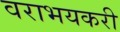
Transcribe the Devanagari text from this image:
वराभयकरी